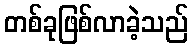
တစ်ခုဖြစ်လာခဲ့သည်